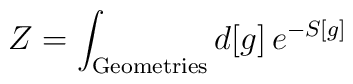
Z = \int_{\rm Geometries} d[g] \, e^{-S[g]}